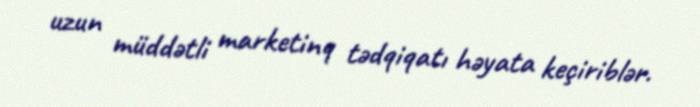
uzun müddətli marketinq tədqiqatı həyata keçiriblər.